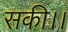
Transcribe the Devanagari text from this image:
सकी।।